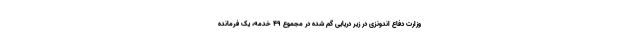
وزارت دفاع اندونزی در زیر دریایی گم شده در مجموع ۴۹ خدمه، یک فرمانده